342_HS1-416511228_319.1 Flying Discs 1949
Agency: Department of War
Incident date: 1/9/50
Page 108
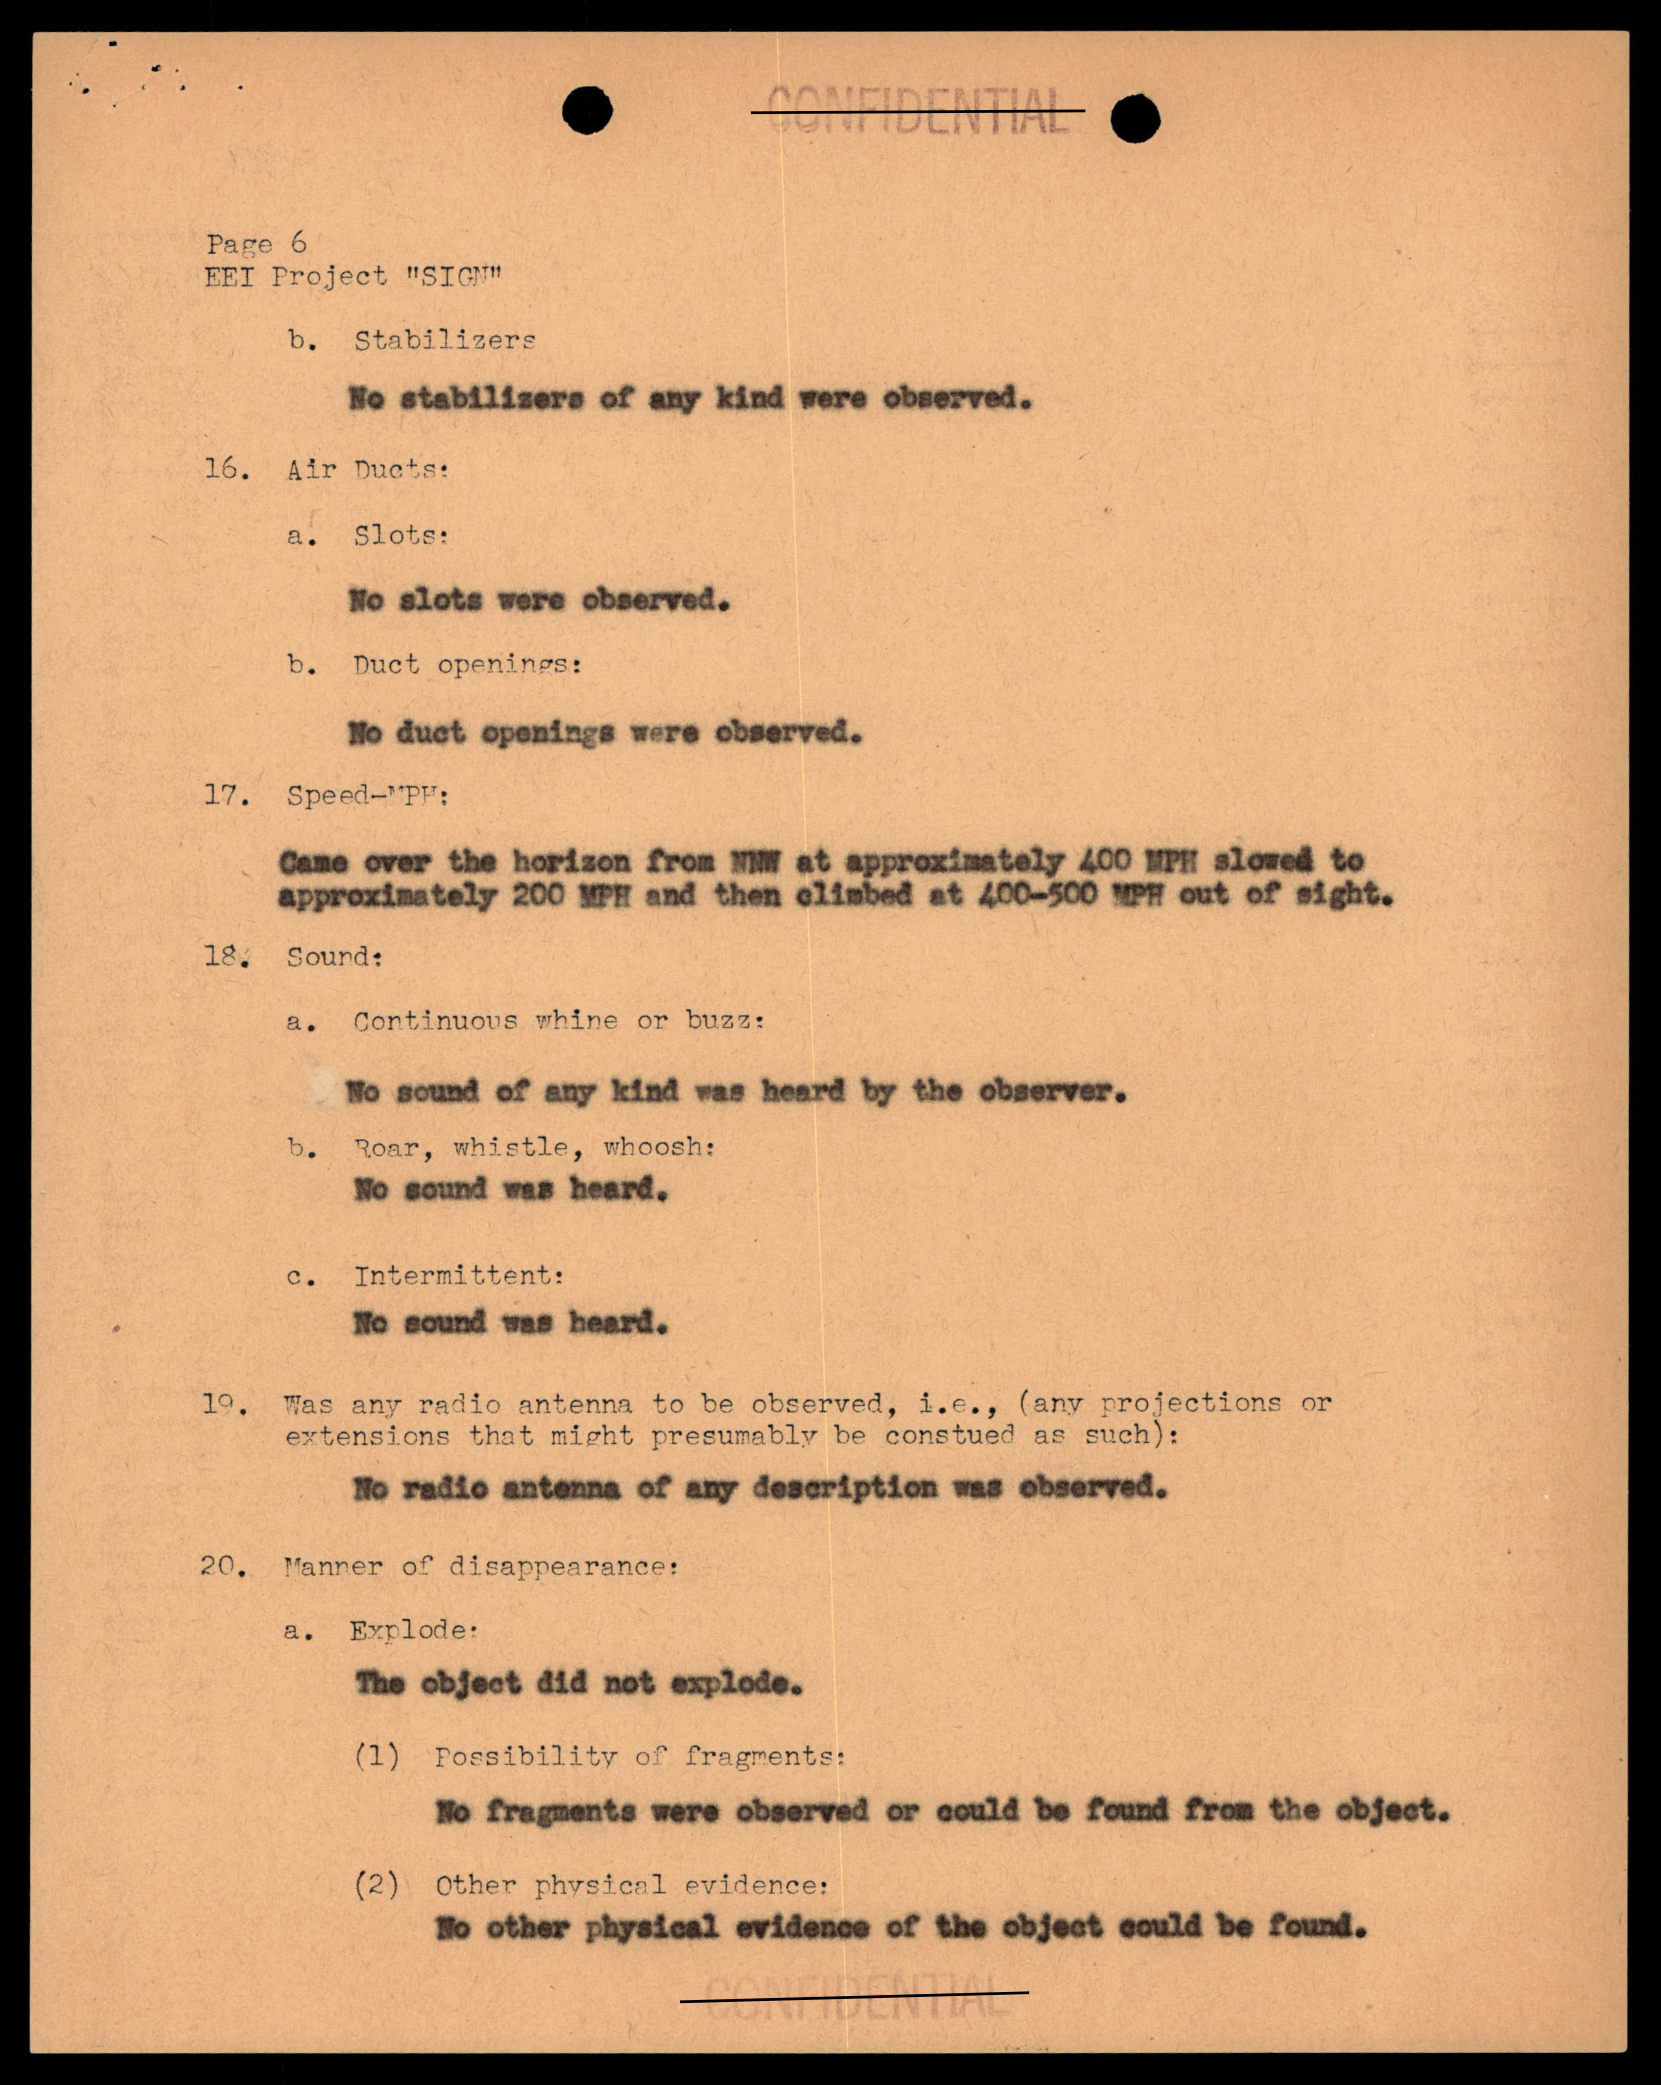